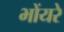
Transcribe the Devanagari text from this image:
भोंयरे